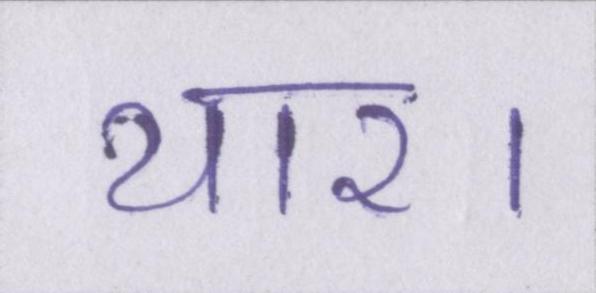
यार।